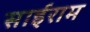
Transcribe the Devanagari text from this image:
साईराम